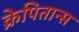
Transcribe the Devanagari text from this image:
क्रेपितान्स